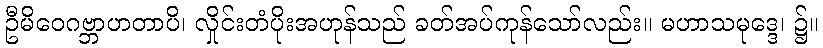
ဦမိဝေဂဗ္ဘာဟတာပိ၊ လှိုင်းတံပိုးအဟုန်သည် ခတ်အပ်ကုန်သော်လည်း။ မဟာသမုဒ္ဒေ၊ ၌။